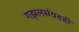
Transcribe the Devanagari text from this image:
गझलसंग्रहही